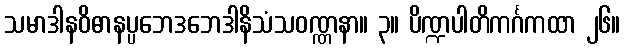
သမာဒါနဝိဓာနပ္ပဘေဒဘေဒါနိသံသဝဏ္ဏနာ။ ၃။ ပိဏ္ဍပါတိကင်္ဂကထာ ၂၆။